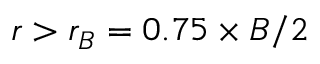
{ r > r _ { B } = 0 . 7 5 \times B / 2 }